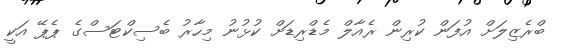
ބްރެޒިލަށް އުފަން ކުރިން ރެއާލް މެޑްރިޑަށް ކުޅުނު މިހާރު ބެސިކްޓަސްގެ ޕެޕޭ އަކީ